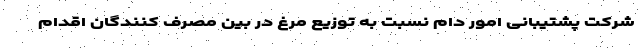
شرکت پشتیبانی امور دام نسبت به توزیع مرغ در بین مصرف کنندگان اقدام